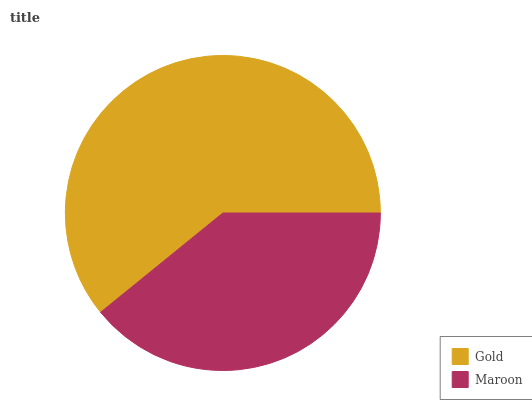
| Gold | Maroon |
 | --- | --- |
 | 60.8% | 39.2% |